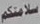
سلامتكم